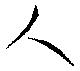
人